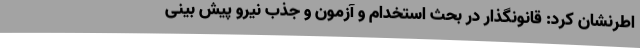
اطرنشان کرد: قانونگذار در بحث استخدام و آزمون و جذب نیرو پیش بینی